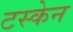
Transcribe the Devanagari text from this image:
टस्केन